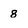
Character: 8